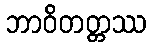
ဘာဝိတတ္တဿ